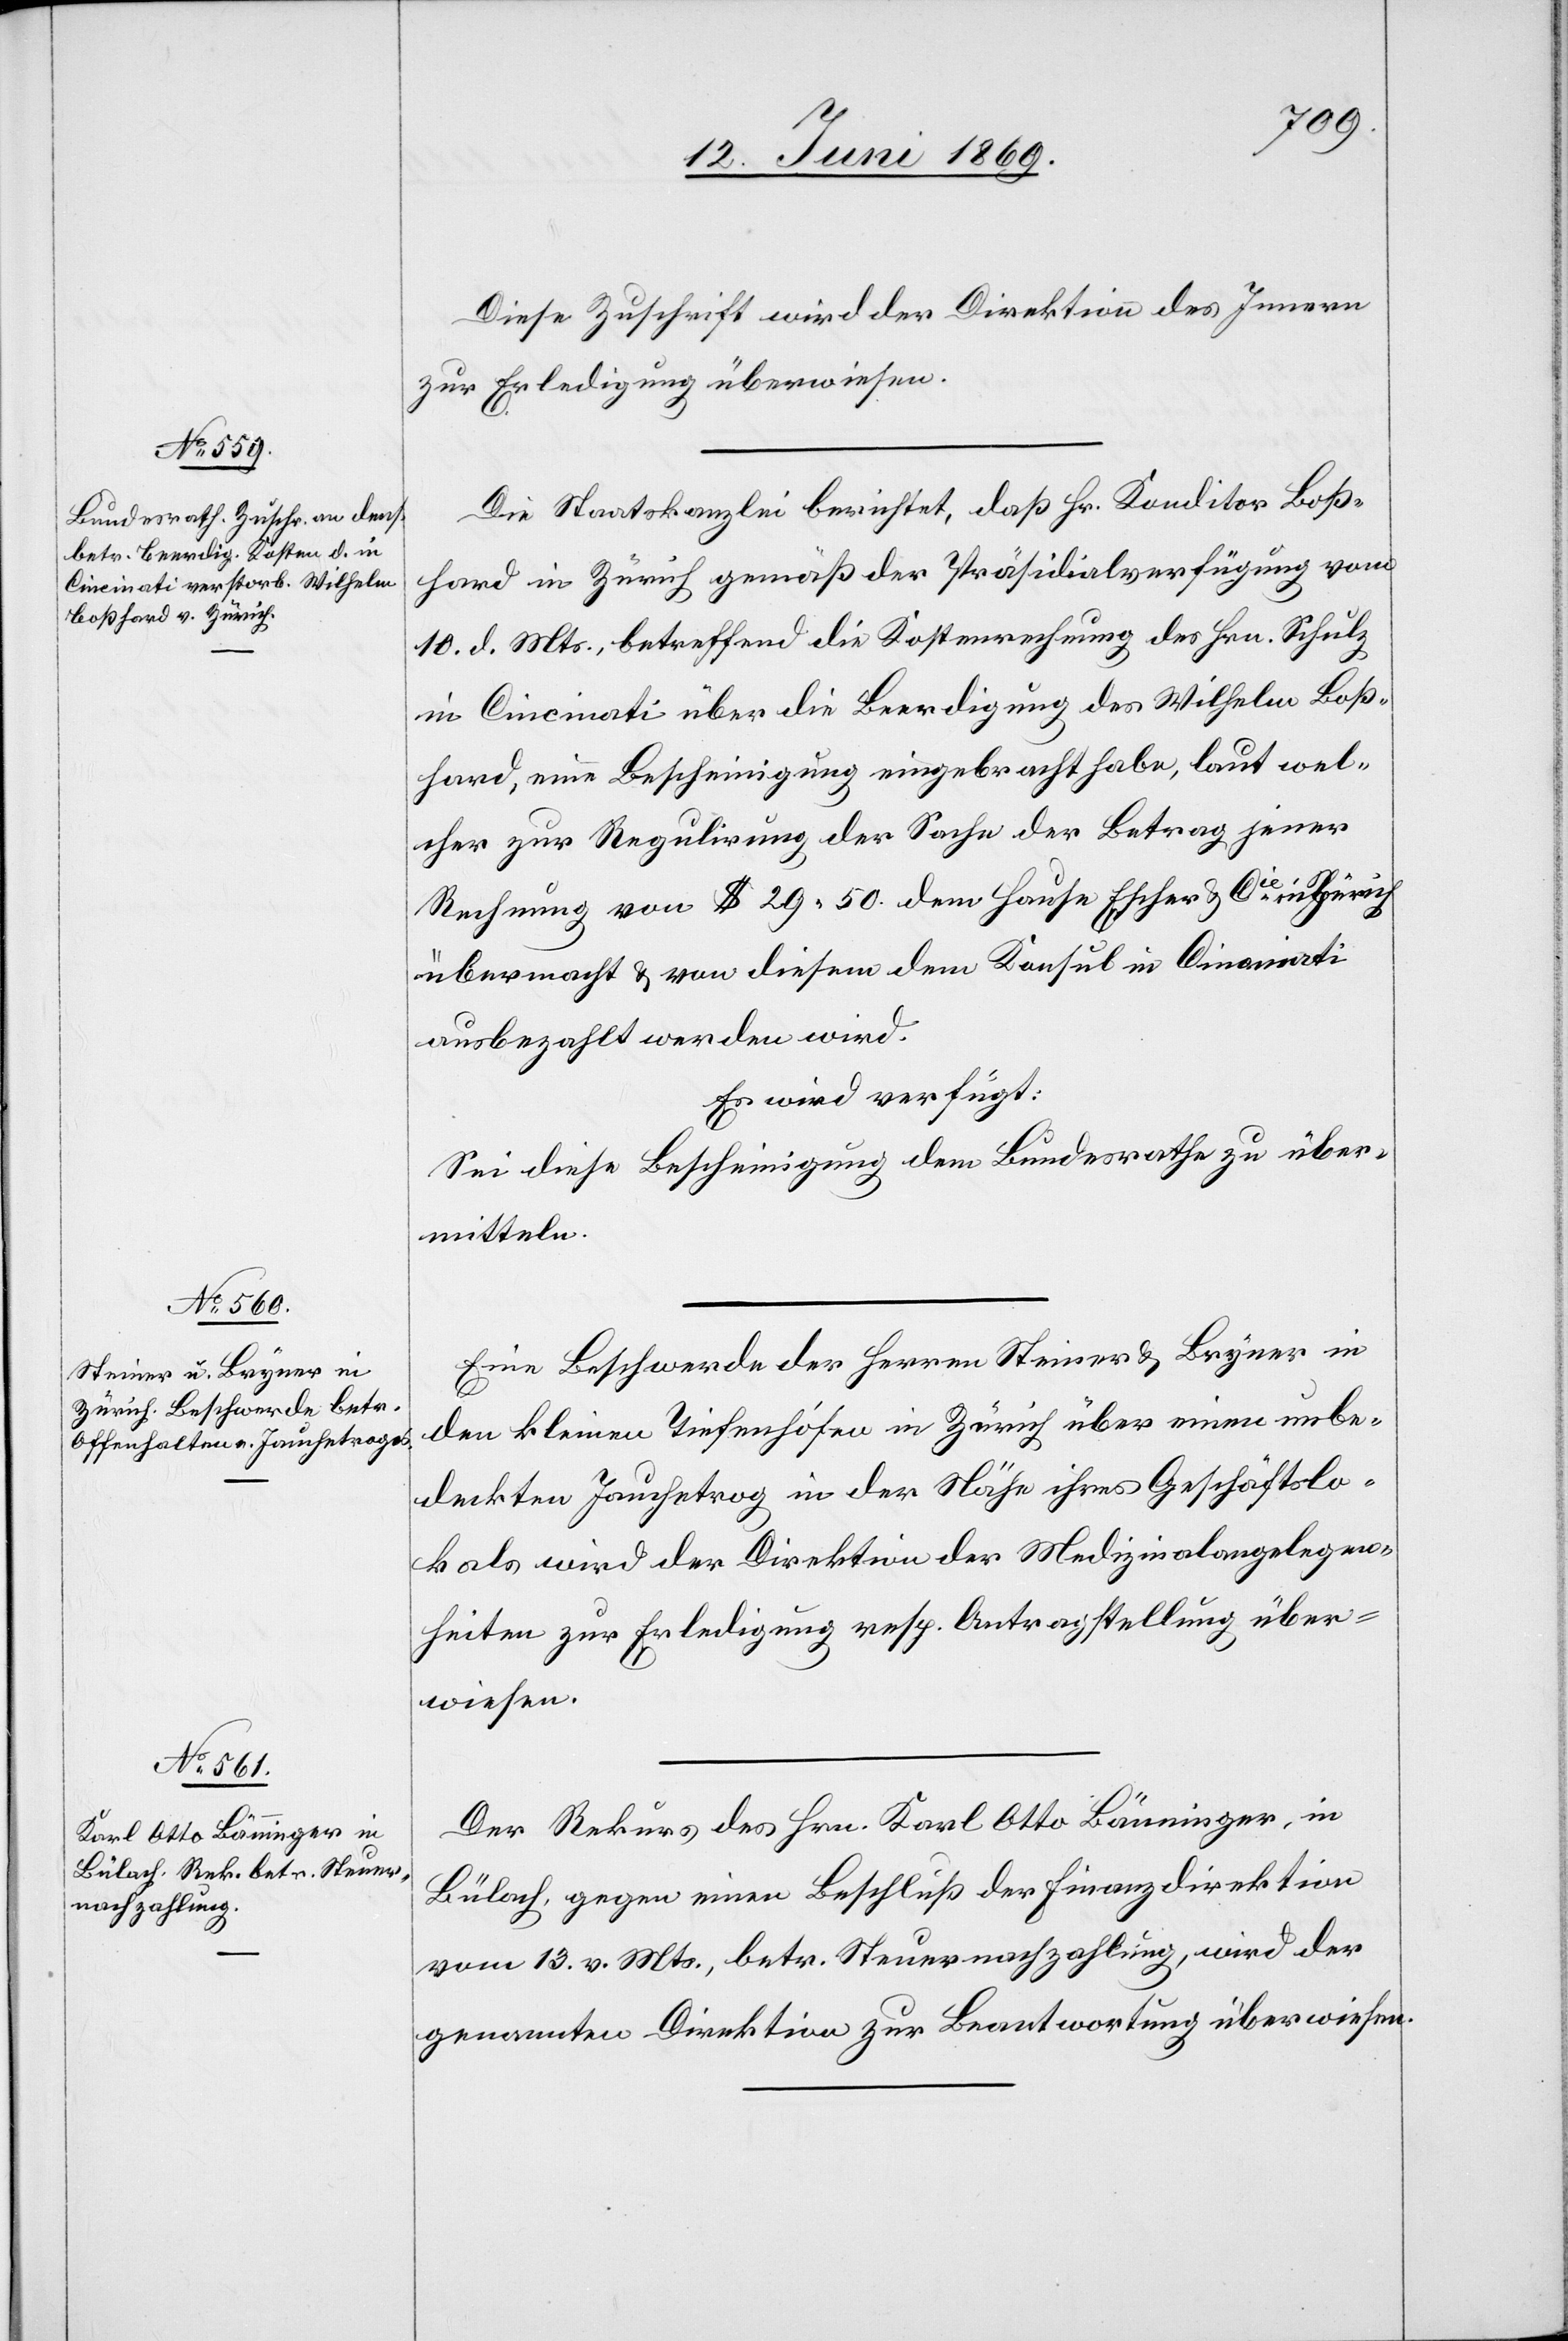
12. Juni 1869.]
Diese Zuschrift wird der Direktion des Innern
zur Erledigung überwiesen.
Die Staatskanzlei berichtet, daß Hr. Kanditor Boß¬
hard in Zürich gemäß der Präsidialverfügung vom
10. d. Mts., betreffend die Kostenrechnung des Hrn. Schulz
in Cincinati über die Beerdigung des Wilhelm Boß¬
hard, eine Bescheinigung eingebracht habe, laut wel¬
cher zur Regulirung der Sache der Betrag jener
Rechnung von $ 29.50 dem Hause Escher u. Cie in Zürich
übermacht u. von diesem dem Konsul in Cincinati
ausbezahlt werden wird.
Es wird verfügt:
Sei diese Bescheinigung dem Bundesrathe zu über¬
mitteln.
Eine Beschwerde der Herren Steiner u. Bryner in
den kleinen Tiefenhöfen in Zürich über einen unbe¬
deckten Jauchetrog in der Nähe ihres Geschäftslo¬
kals wird der Direktion der Medizinalangelegen¬
heiten zur Erledigung resp. Antragstellung über¬
wiesen.
Der Rekurs des Hrn. Karl Otto Bänninger, in
Bülach, gegen einen Beschluß der Finanzdirektion
vom 13. v. Mts., betr. Steuernachzahlung, wird der
genannten Direktion zur Beantwortung überwiesen.